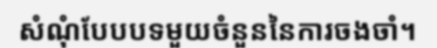
សំណុំបែបបទមួយចំនួននៃការចងចាំ។